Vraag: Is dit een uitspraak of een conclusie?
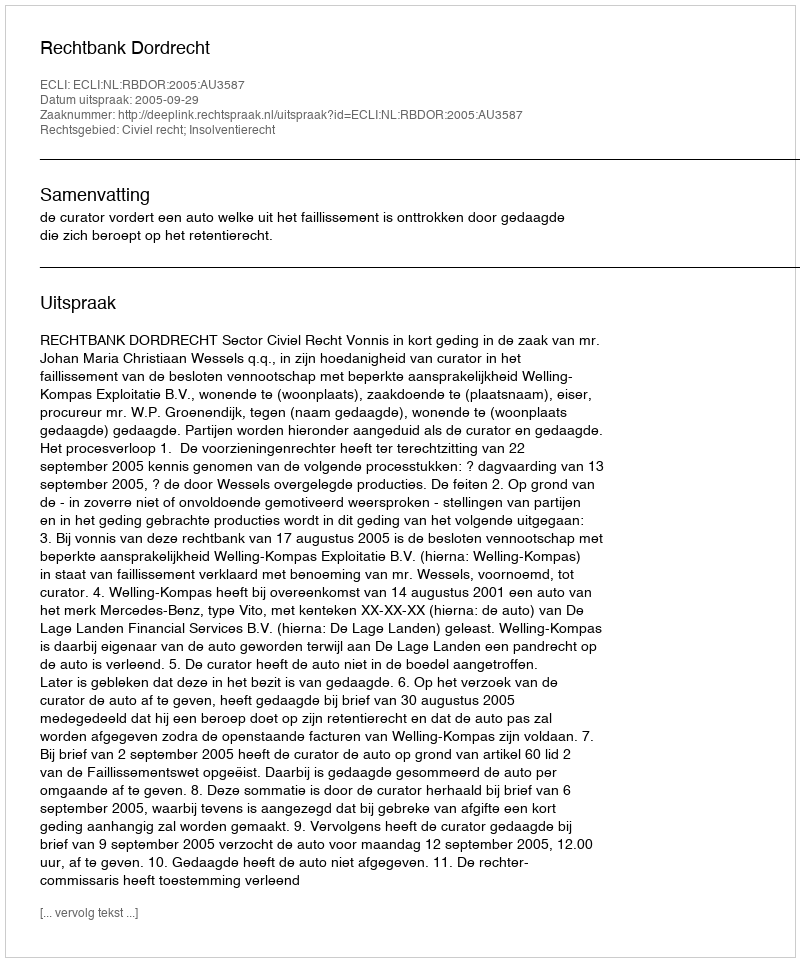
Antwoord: Uitspraak